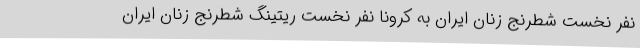
نفر نخست شطرنج زنان ایران به کرونا نفر نخست ریتینگ شطرنج زنان ایران